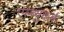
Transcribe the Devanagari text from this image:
एल्ब्युकर्क